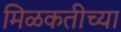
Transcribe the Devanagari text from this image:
मिळकतीच्या